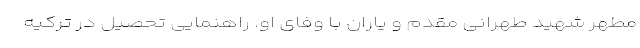
مطهر شهید طهرانی مقدم و یاران با وفای او. راهنمایی تحصیل در ترکیه